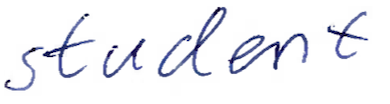
Text: student
Cross-out: clean
Writing tool: ballpoint